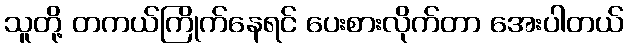
သူတို့ တကယ်ကြိုက်နေရင် ပေးစားလိုက်တာ အေးပါတယ်